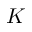
K